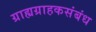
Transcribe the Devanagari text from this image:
ग्राह्यग्राहकसंबंध